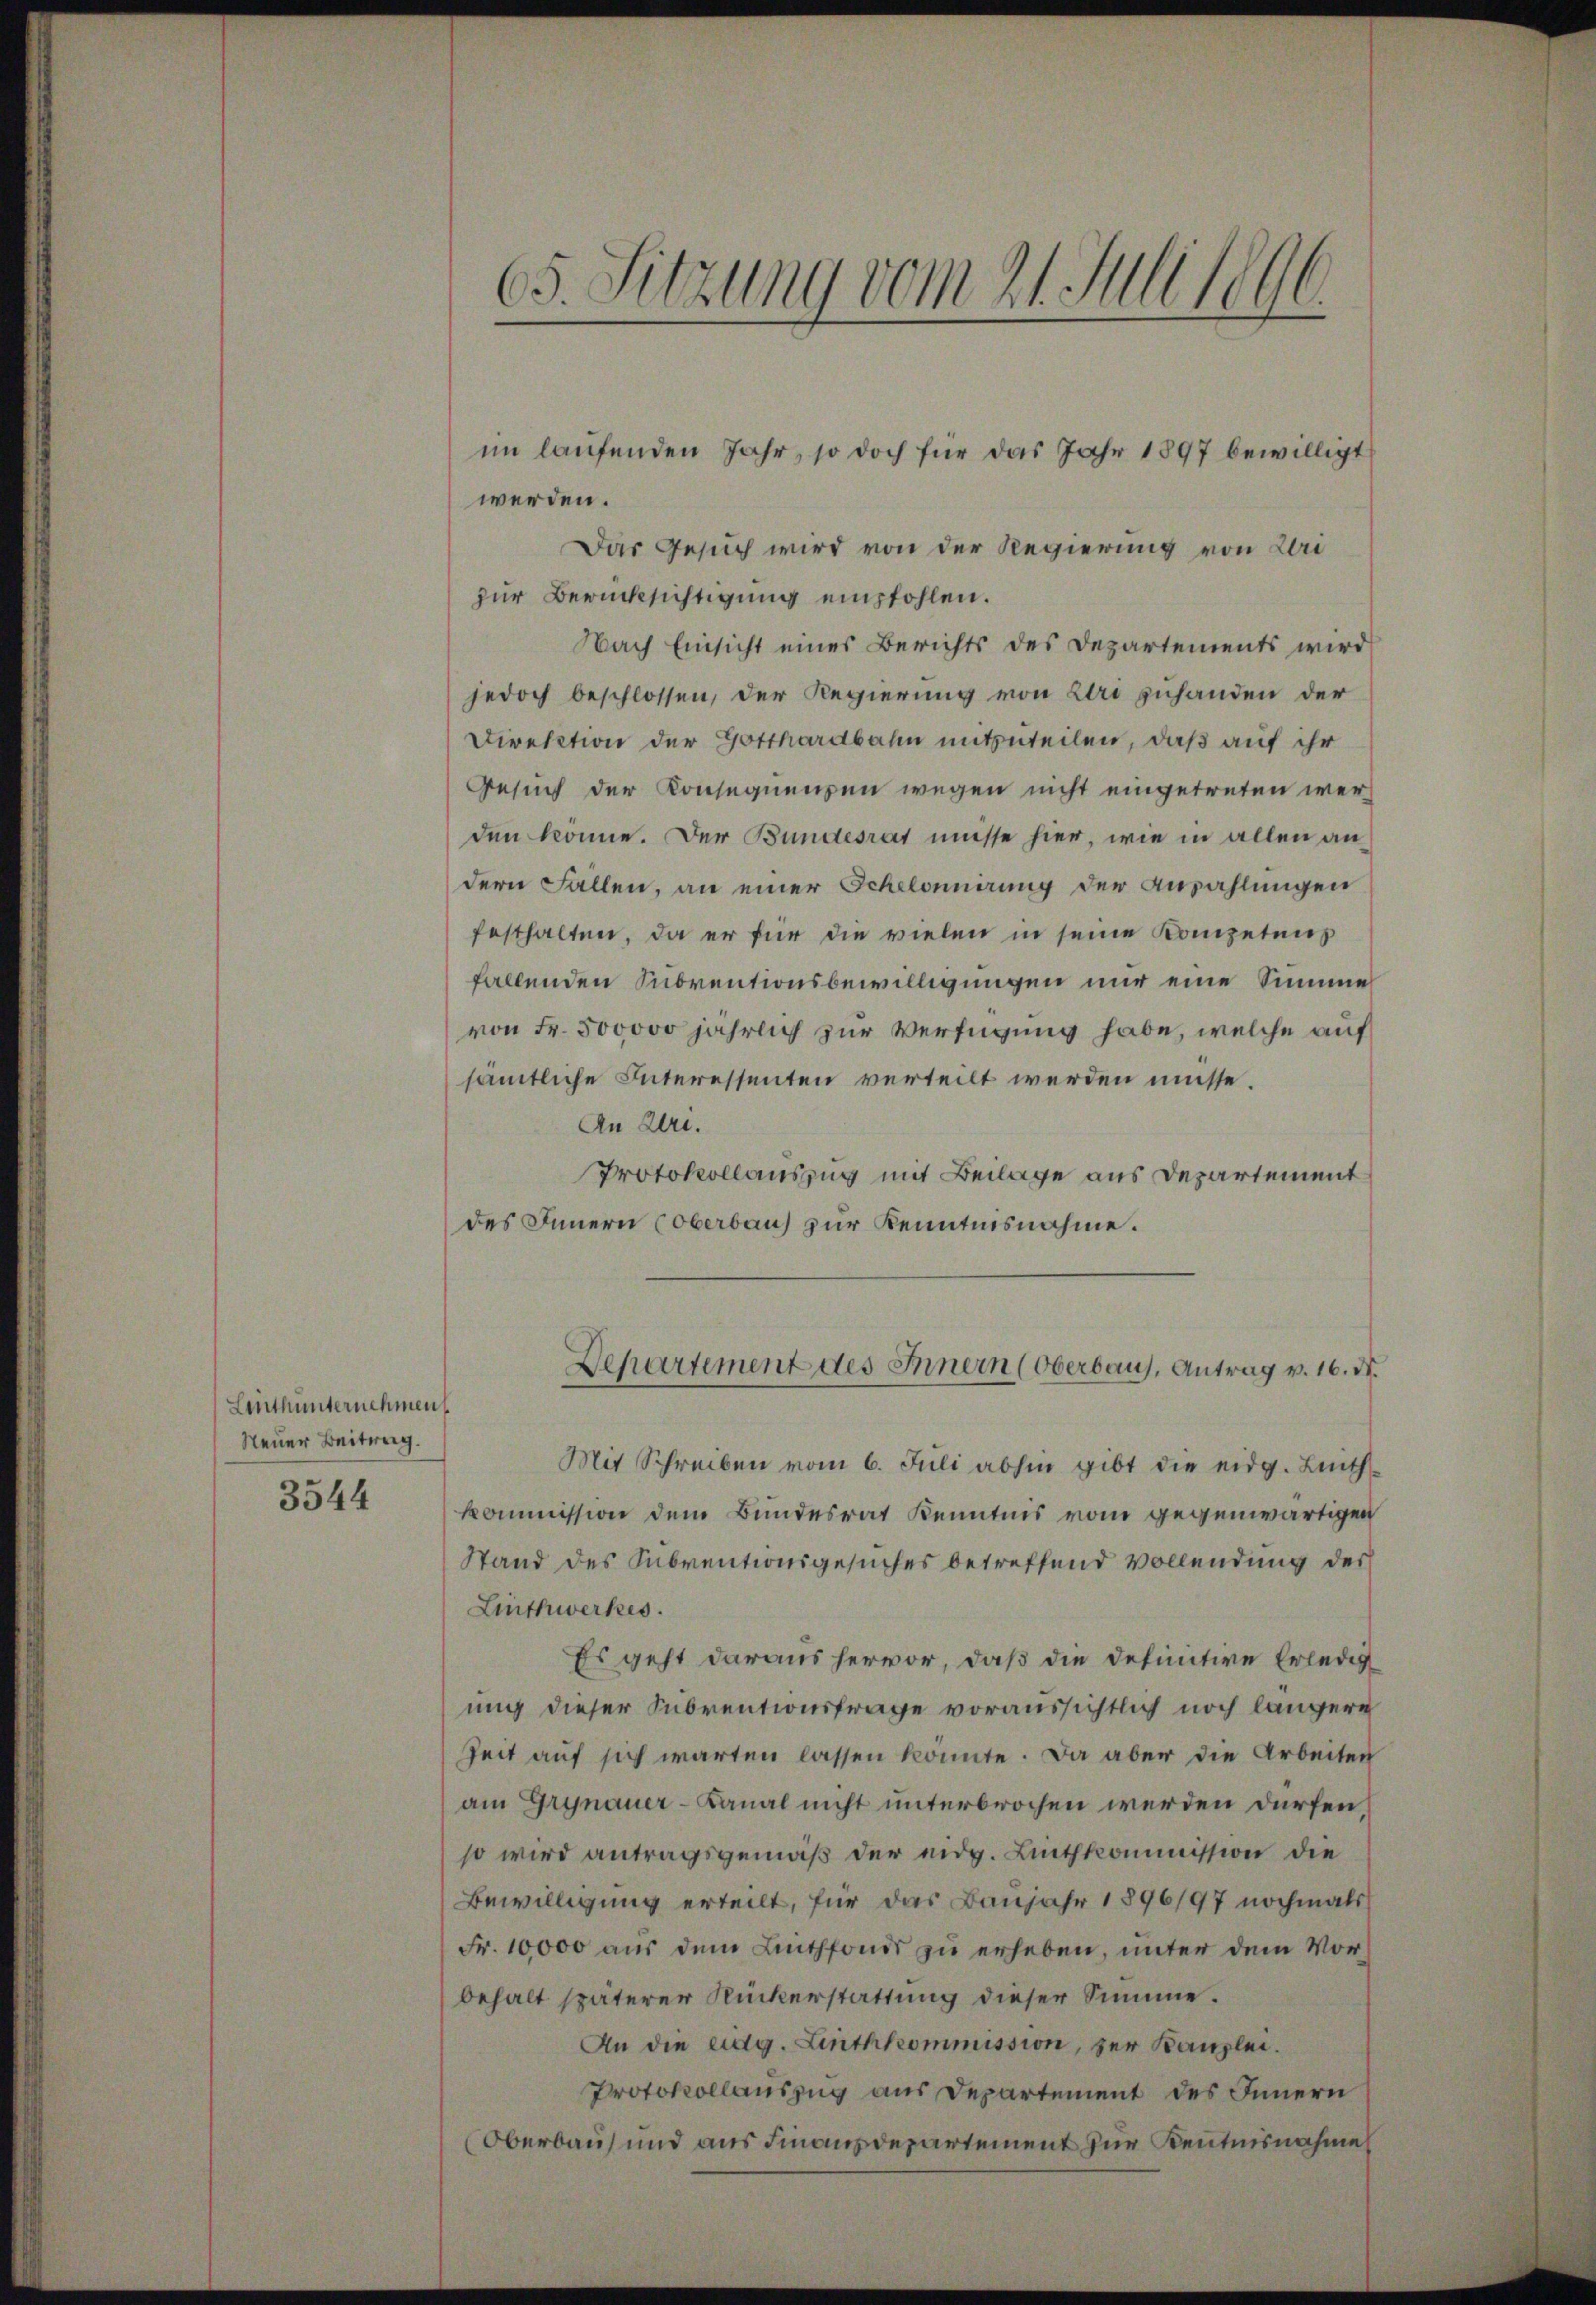
Lenthunternehmen
Steuer Beitrag.

3544

65. Sitzung vom 21. Juli 1896.

werden.
Das Gesuch wird von der Regierung von Uri
zur Berücksichtigung empfohlen.
Nach Einsicht eines Berichts des Departements wird
jedoch beschlossen, der Regierung von Uri zuhanden der
Direktion der Gotthardbahn mitzuteilen, daß auf ihr
Gesuch der Konsequenzen wegen nicht eingetreten werden könne. Der Bundesrat müsse hier, wie in allen andern Fallen, an einer Schelonnerung der Anzahlungen
festhalten, da er für die vielen in seine Konzetens
fallenden Subventionsbewilligungen nur eine Summe
von Fr. 500000 jährlich zur Verfügung habe, welche auf
sämtliche Interessenten verteilt werden müsse.
An Uri.
Protokollauszug mit Beilage aus Departement
des Innern Coberbau) zur Kenntnisnahme.
Departement des Innern (Oberbaus, Antrag v. 16. N.
Mit Schreiben vom 6. Juli abhin gibt die eidg. Linthkommission dem Bundesrat Kenntnis vom gegenwärtigen
Stand des Subventionsgesuches betreffend Vollendung der
Linthwerkes.
Es geht daraus hervor, daß die definitive Erledig
ung dieser Subventionsfrage voraussichtlich noch längere
Zeit auf sich warten lassen könnte. Da aber die Arbeiten
am Grynauer-Kanal nicht unterbrochen werden dürfen,
so wird antragsgemäß der eidg. Linthkommission die
Bewilligung erteilt, für das Baujahr 1896/97 nochmals
Fr. 10,000 aus dem Linthfonds zu erheben, unter dem Vor-
behalt späterer Rückerstattung dieser Summe.
An die eidg. Linthkommission, zur Kanzlei.
Protokollauszug aus Departement des Innern
Oberbau und aus Finanzdepartement zur Kenntnisnahme

im laufenden Jahr, so doch für das Jahr 1897 bewilligt